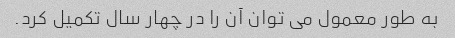
به طور معمول می توان آن را در چهار سال تکمیل کرد.